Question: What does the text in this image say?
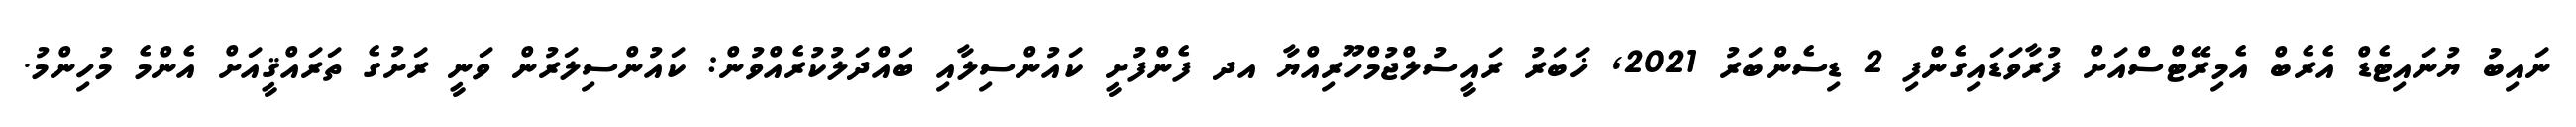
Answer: ނައިބު ޔުނައިޓެޑް އެރެބް އެމިރޭޓްސްއަށް ފުރާވަޑައިގެންފި 2 ޑިސެންބަރު 2021, ޚަބަރު ރައީސުލްޖުމްހޫރިއްޔާ އދ ފެންފުށީ ކައުންސިލާއި ބައްދަލުކުރެއްވުން: ކައުންސިލަރުން ވަނީ ރަށުގެ ތަރައްޤީއަށް އެންމެ މުހިންމު.